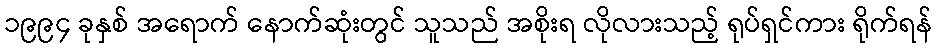
၁၉၉၄ ခုနှစ် အရောက် နောက်ဆုံးတွင် သူသည် အစိုးရ လိုလားသည့် ရုပ်ရှင်ကား ရိုက်ရန်